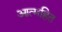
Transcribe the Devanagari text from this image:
आत्महित